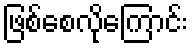
ဖြစ်စေလိုကြောင်း